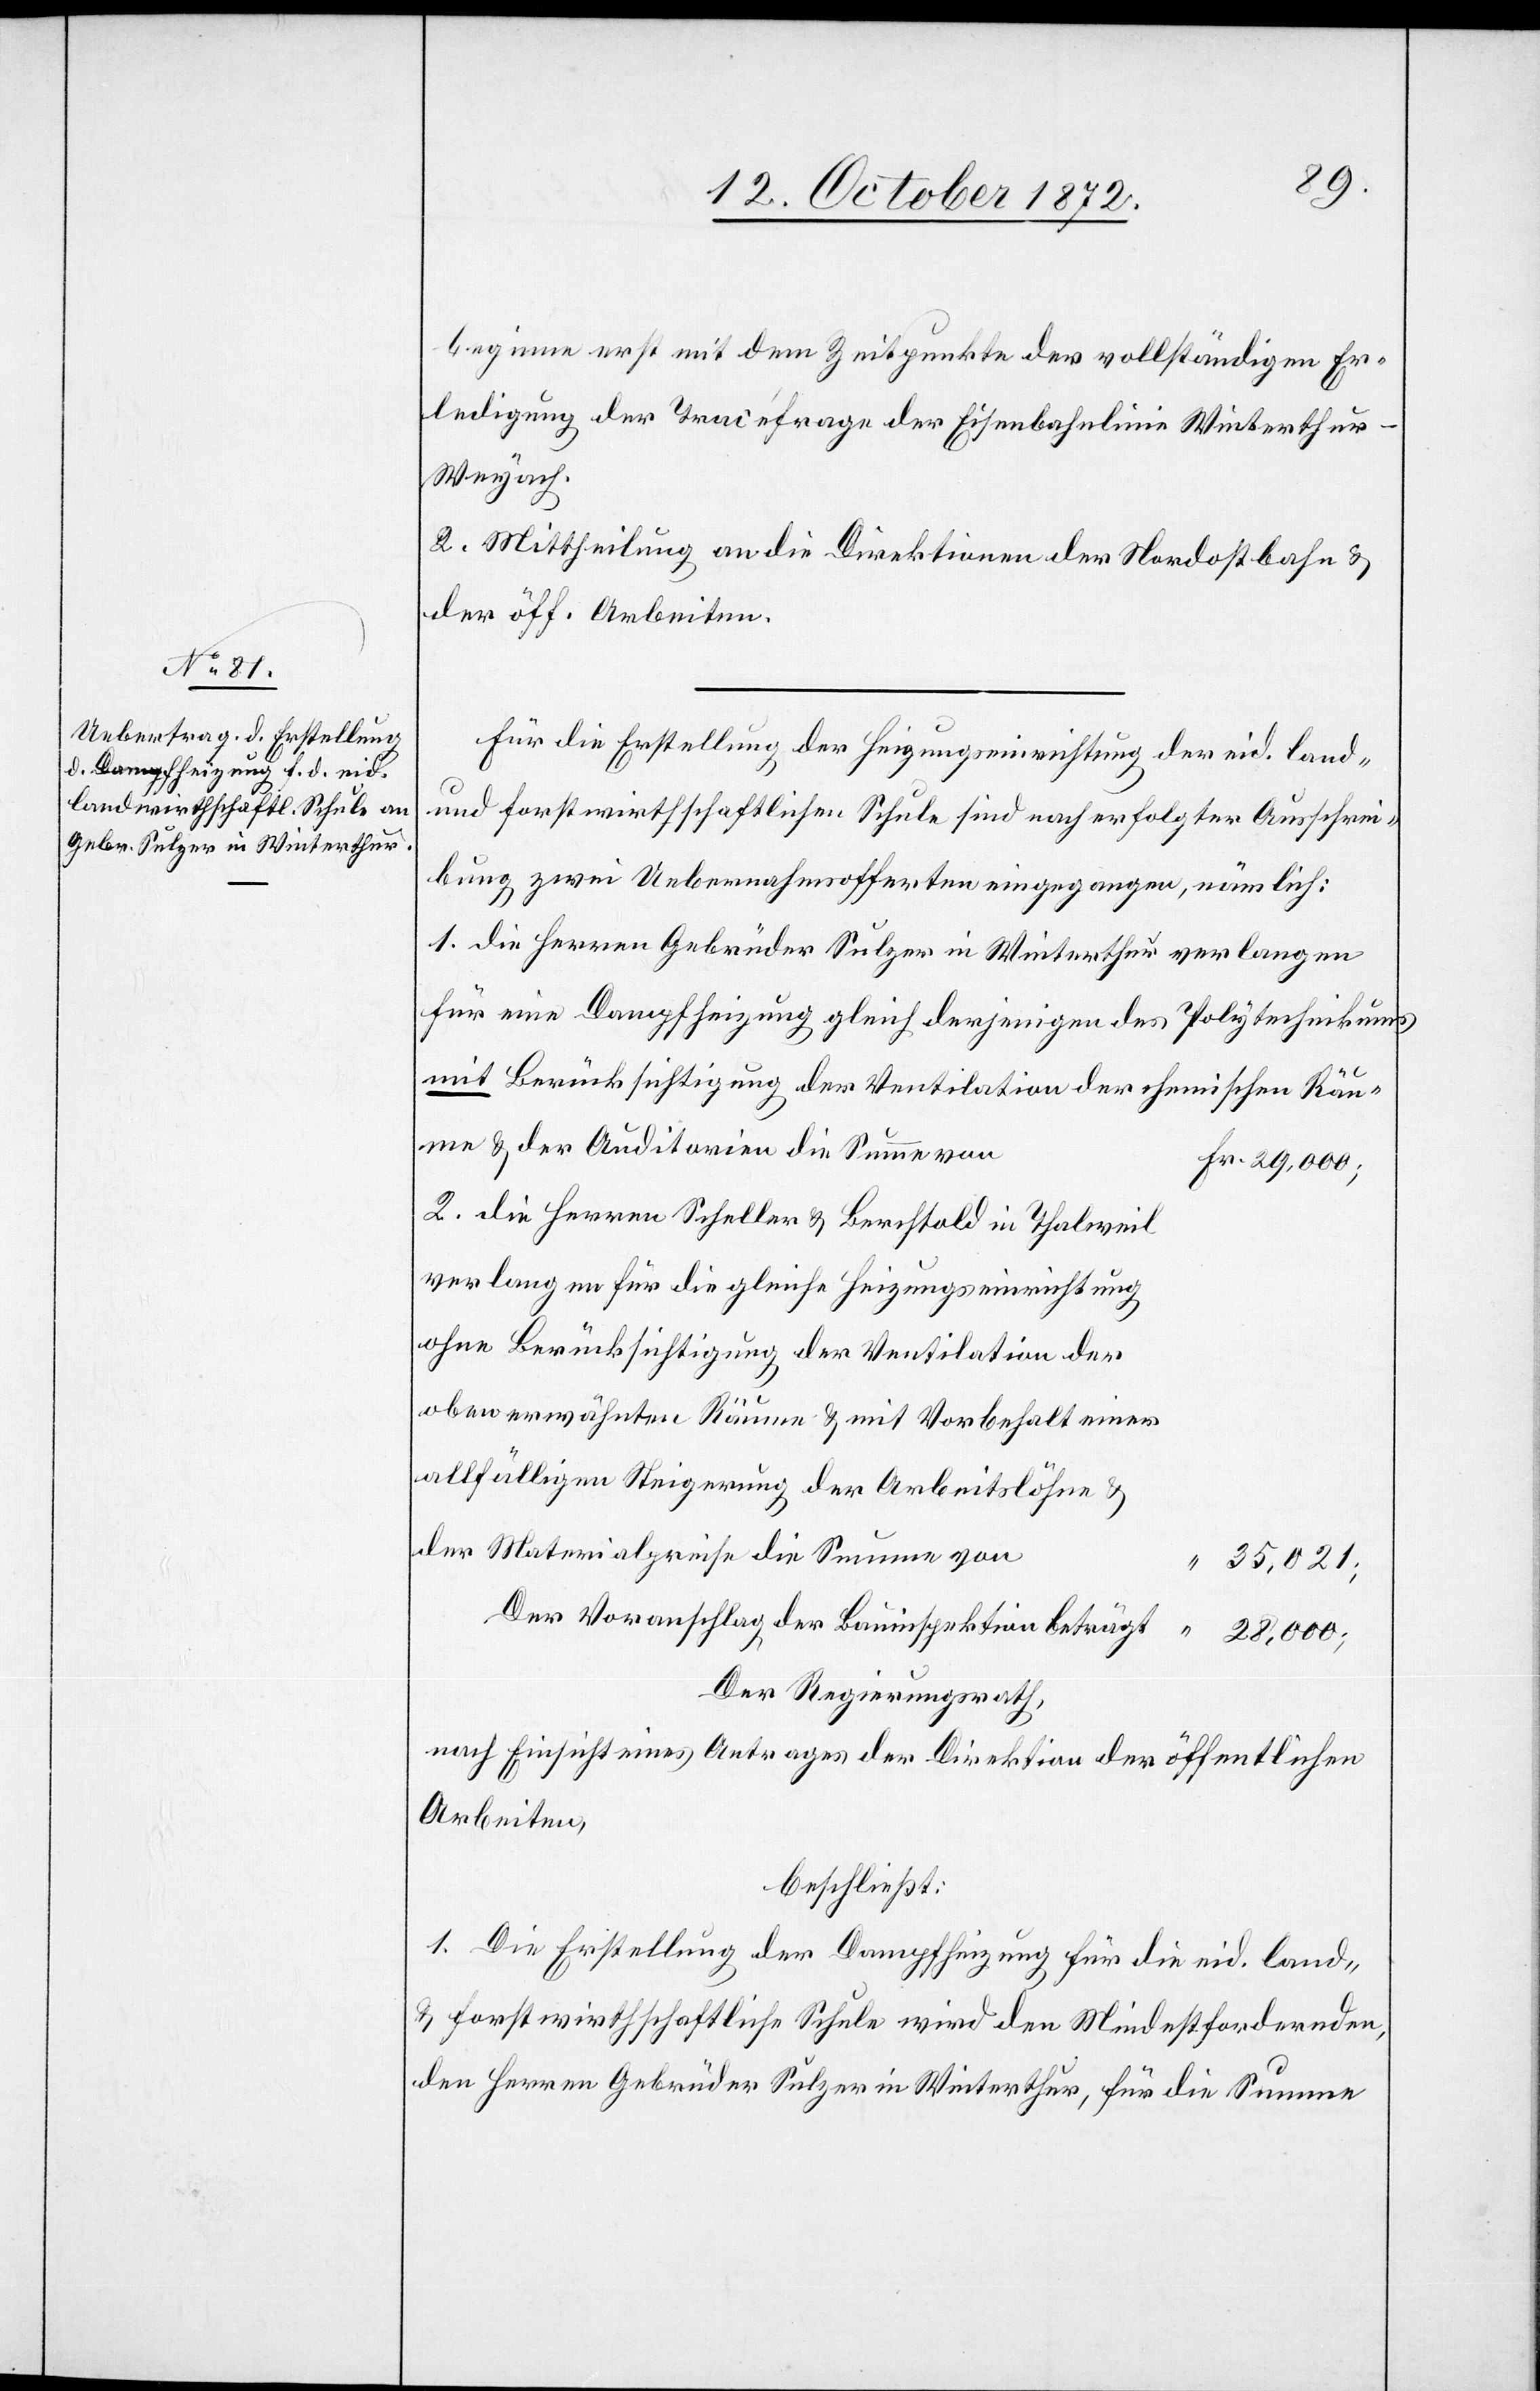
beginne erst mit dem Zeitpunkte der vollständigen Er¬
ledigung der Tracéfrage der Eisenbahnlinie Winterthur–W¬
eyach.
2. Mittheilung an die Direktionen der Nordostbahn u.
der öff. Arbeiten.
Für die Erstellung der Heizungseinrichtung der eid. land-
und forstwirthschaftlichen Schule sind nach erfolgter Ausschrei¬
bung zwei Uebernahmsofferten eingegangen, nämlich:
1. die Herren Gebrüder Sulzer in Winterthur verlangen
für eine Dampfheizung gleich derjenigen des Polytechnikums
mit Berücksichtigung der Ventilation der chemischen Räu¬
me u. der Auditorien die Summe von
2. Die Herren Scheller u. Berchtold in Thalweil
verlangen für die gleiche Heizungseinrichtung
ohne Berücksichtigung der Ventilation der
obenerwähnten Räume u. mit Vorbehalt einer
allfälligen Steigerung der Arbeitslöhne u.
der Materialpreise die Summe von
35,021;
Der Voranschlag der Bauinspektion beträgt
28,000;
Der Regierungsrath,
nach Einsicht eines Antrages der Direktion der öffentlichen
Arbeiten,
beschließt:
1. Die Erstellung der Dampfheizung für die eid. land-
u. forstwirthschaftliche Schule wird den Mindestfordernden,
den Herren Gebrüder Sulzer in Winterthur, für die Summe